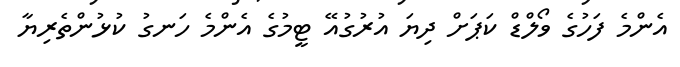
އެންމެ ފަހުގެ ވޯލްޑް ކަޕަށް ދިޔަ އުރުގުއޭ ޓީމުގެ އެންމެ ހަނގު ކުޅުންތެރިޔާ